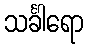
သင်္ခါရော